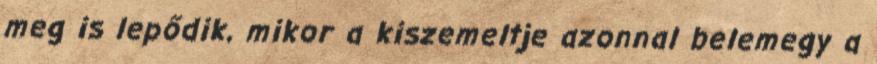
meg is lepődik, mikor a kiszemeltje azonnal belemegy a